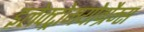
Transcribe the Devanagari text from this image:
इलेक्ट्रोमयोग्रैम्स